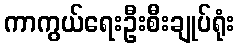
ကာကွယ်ရေးဦးစီးချုပ်ရုံး